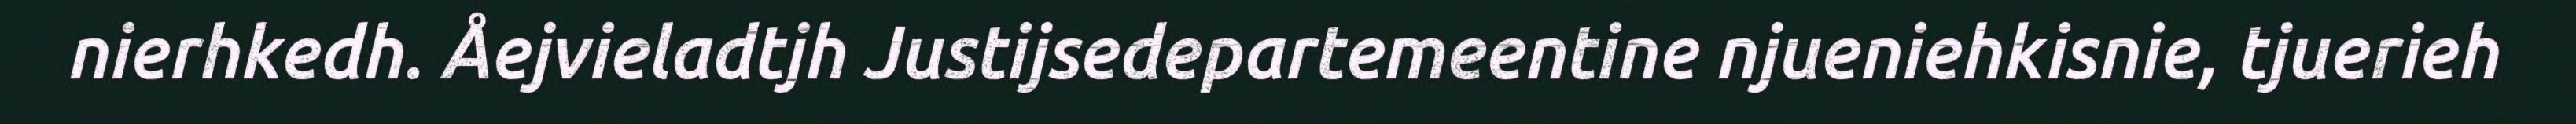
nierhkedh. Åejvieladtjh Justijsedepartemeentine njueniehkisnie, tjuerieh